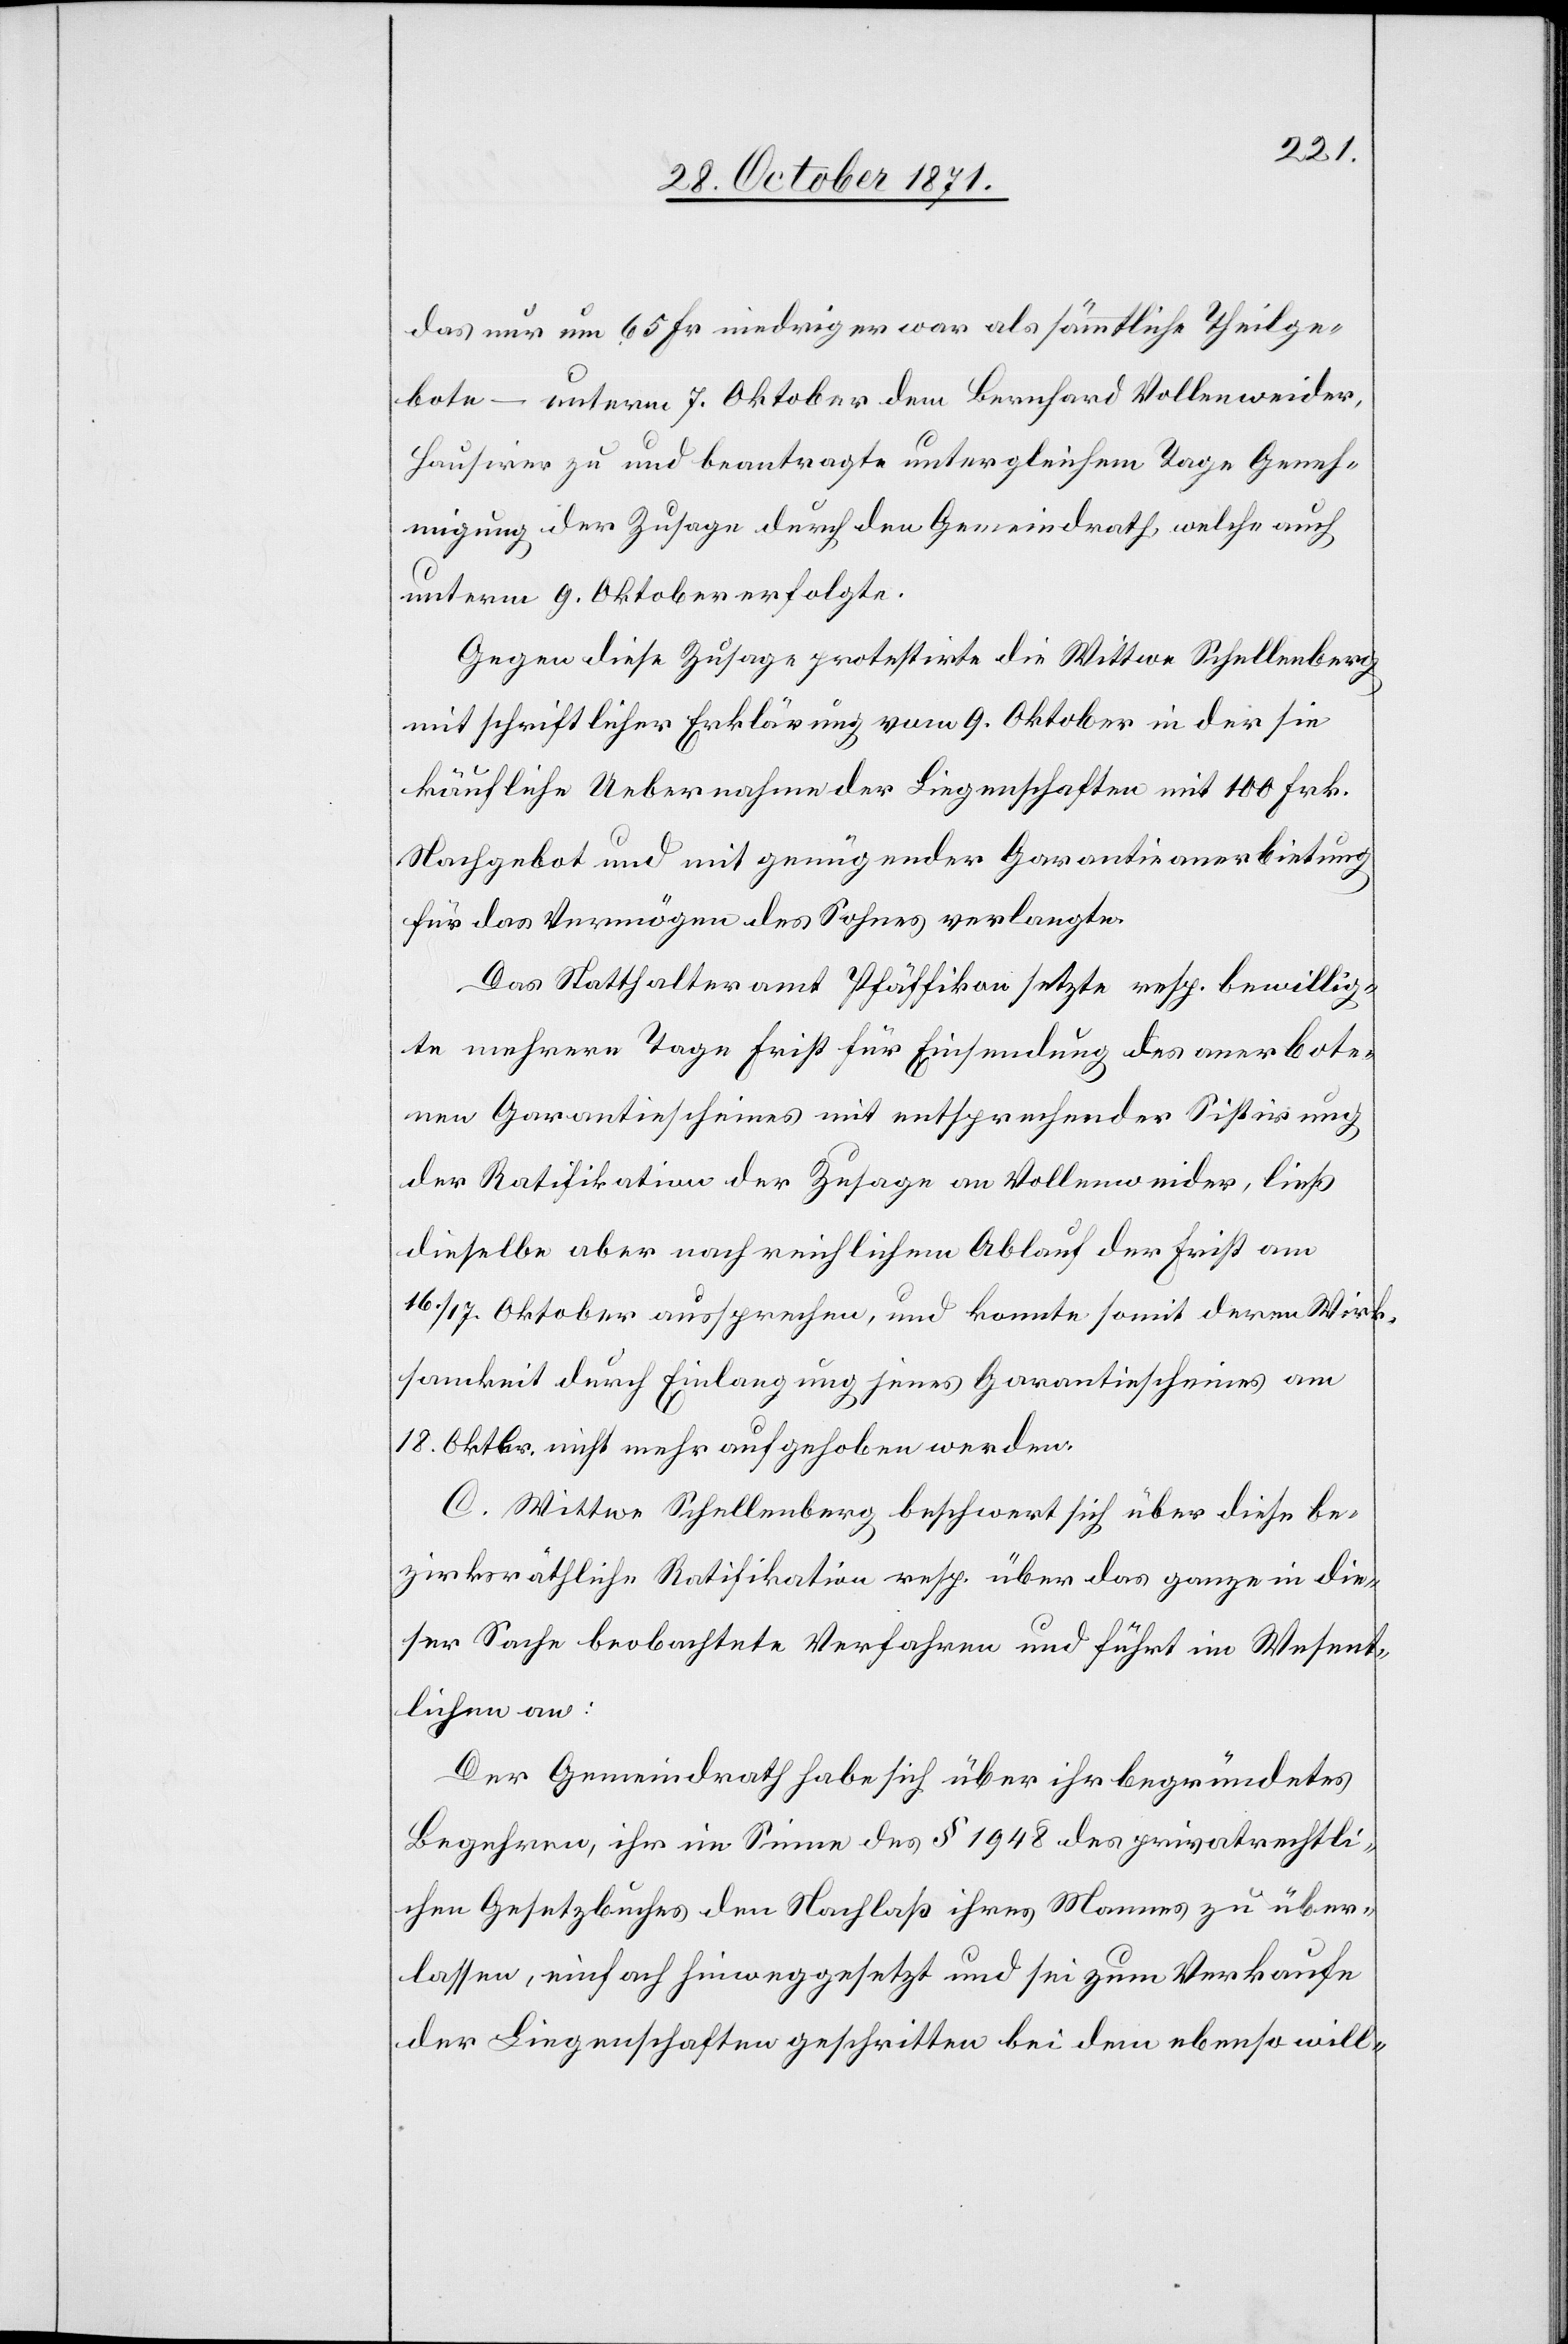
das nur um 65 Fr. niedriger war als sämmtliche Theilge¬
bote – unterm 7. Oktober dem Bernhard Vollenweider,
Hausirer zu und beantragte unter gleichem Tage Geneh¬
migung der Zusage durch den Gemeindrath, welche auch
unterm 9. Oktober erfolgte.
Gegen diese Zusage protestirte die Wittwe Schellenberg
mit schriftlicher Erklärung vom 9. Oktober in der sie
käufliche Uebernahme der Liegenschaften mit 100 Frk.
Nachgebot und mit genügender Garantieanerbietung
für das Vermögen des Sohnes verlangte.
Das Statthalteramt Pfäffikon setzte resp. bewillig¬
te mehrere Tage Frist für Einsendung des anerbote¬
nen Garantiescheines mit entsprechender Sistirung
der Ratifikation der Zusage an Vollenweider, ließ
dieselbe aber nach reichlichem Ablauf der Frist am
16./17. Oktober aussprechen, und konnte somit deren Wirk¬
samkeit durch Einlangung jenes Garantiescheines am
18. Oktbr. nicht mehr aufgehoben werden.
C. Wittwe Schellenberg beschwert sich über diese be¬
zirksräthliche Ratifikation resp. über das ganze in die¬
ser Sache beobachtete Verfahren und führt im Wesent¬
lichen an:
Der Gemeindrath habe sich über ihr begründetes
Begehren, ihr im Sinne des § 1948 des privatrechtli¬
chen Gesetzbuches den Nachlaß ihres Mannes zu über¬
lassen, einfach hinweggesetzt und sei zum Verkaufe
der Liegenschaften geschritten bei dem ebenso will-